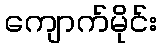
ကျောက်မိုင်း